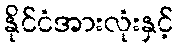
နိုင်ငံအားလုံးနှင့်